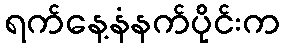
ရက်နေ့နံနက်ပိုင်းက